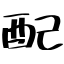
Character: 配